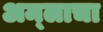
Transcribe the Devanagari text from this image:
अम्‍लाचा